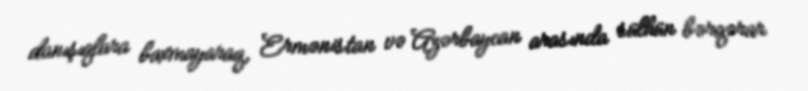
danışıqlara baxmayaraq, Ermənistan və Azərbaycan arasında sülhün bərqərar